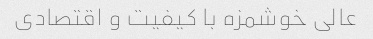
عالی خوشمزه با کیفیت و اقتصادی